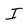
Character: I